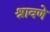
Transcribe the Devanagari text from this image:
श्रावणे